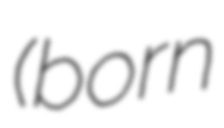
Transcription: (born